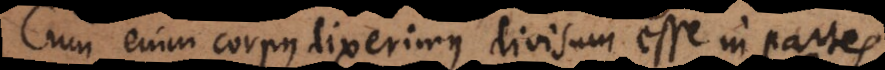
Cum enim corpus dixerimus divisum esse in partes